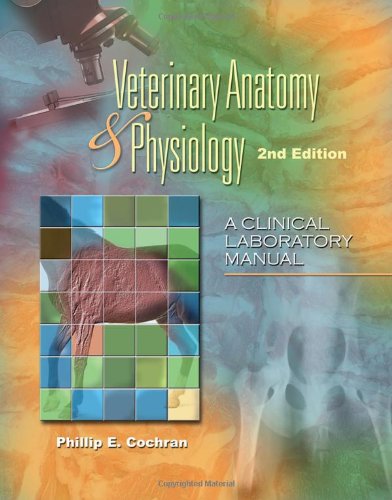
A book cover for Laboratory Manual for Comparative Veterinary Anatomy & Physiology (Veterinary Technology); M.S.  D.V.M.  Phillip E. Cochran; Medical Books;